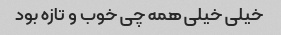
خیلی خیلی همه چی خوب و تازه بود